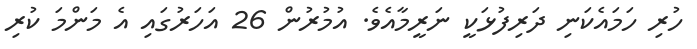
ހުރި ހަމައެކަނި ދަރިފުޅަކީ ނަރީމާއެވެ. އުމުރުން 26 އަހަރުގައި އެ މަންމަ ކުރި